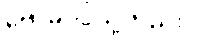
ဗောဓိပင်သို့တည်း။